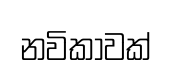
නවිකාවක්